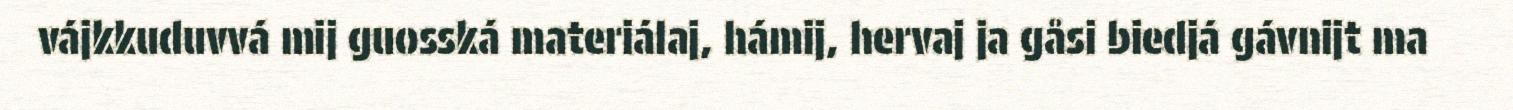
vájkkuduvvá mij guosská materiálaj, hámij, hervaj ja gåsi biedjá gávnijt ma